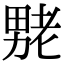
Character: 𫦶